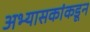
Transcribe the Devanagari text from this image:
अभ्यासकांकडून